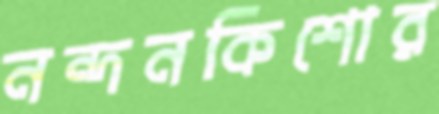
নন্দনকিশোর